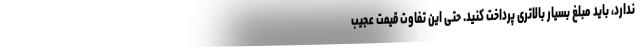
ندارد، باید مبلغ بسیار بالاتری پرداخت کنید. حتی این تفاوت قیمت عجیب